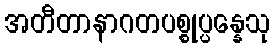
အတီတာနာဂတပစ္စုပ္ပန္နေသု